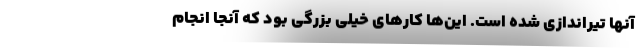
آنها تیراندازی شده است. این‌ها کارهای خیلی بزرگی بود که آنجا انجام